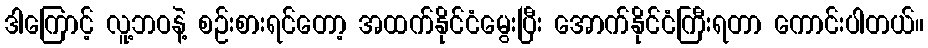
ဒါကြောင့် လူ့ဘဝနဲ့ စဉ်းစားရင်တော့ အထက်နိုင်ငံမွေးပြီး အောက်နိုင်ငံကြီးရတာ ကောင်းပါတယ်။